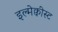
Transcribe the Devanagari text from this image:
इल्मेक्वीस्ट